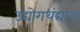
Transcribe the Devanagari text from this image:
उद्योगधंद्याना